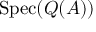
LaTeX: \operatorname { S p e c } ( Q ( A ) )